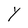
Character: Y